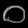
Digit: ၀